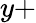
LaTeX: y+